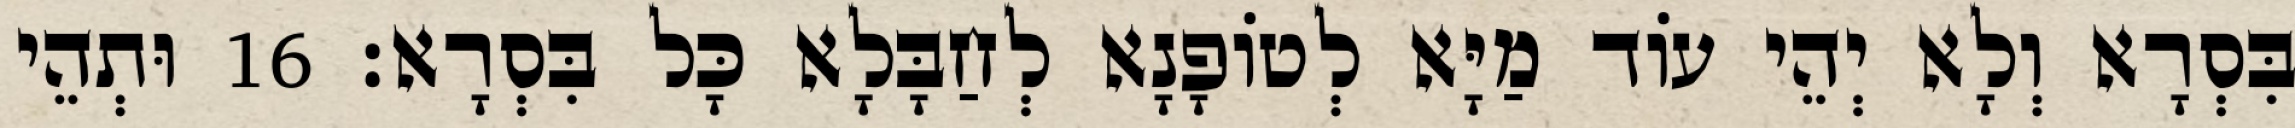
בִּסְרָא וְלָא יְהֵי עוֹד מַיָּא לְטוֹפָנָא לְחַבָּלָא כָּל בִּסְרָא׃ 16 וּתְהֵי